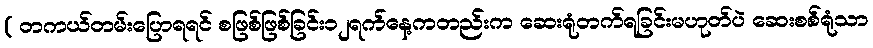
( တကယ်တမ်းပြောရရင် စဖြစ်ဖြစ်ခြင်း၁၂ရက်နေ့ကတည်းက ဆေးရုံတက်ရခြင်းမဟုတ်ပဲ ဆေးစစ်ရုံသာ